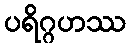
ပရိဂ္ဂဟဿ